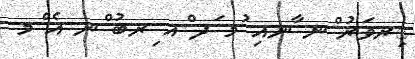
ިރވަރު ްނ ާނއި ުމ ަދ ްއ ިރބު ްނ އެ ްމ